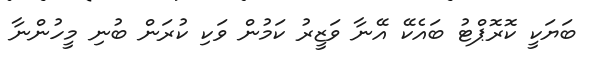
ބަޔަކީ ކޮރޮޕްޓު ބައެކޭ އޭނާ ވަޒީރު ކަމުން ވަކި ކުރަން ބުނި މީހުންނާ